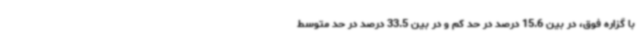
با گزاره فوق، در بین 15.6 درصد در حد کم و در بین 33.5 درصد در حد متوسط